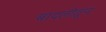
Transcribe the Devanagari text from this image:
बादलीतून